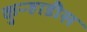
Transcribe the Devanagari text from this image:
कुऱ्हाडीस